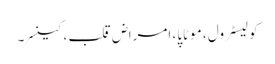
کولیسٹرول ، موٹاپا، امراض قلب ، کینسر ۔